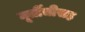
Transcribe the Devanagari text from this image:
मूर्तीचीसह